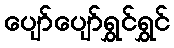
ပျော်ပျော်ရွှင်ရွှင်